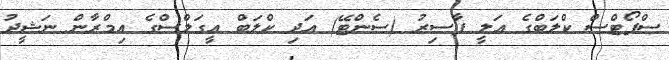
ސްޕޯޓްސް ކްލަބްގެ އަލީ ފާސިރު (ސެންޓޭ) އަދި ކްލަބް އީގަލްސްގެ އިމްރާން ނަޝީދު